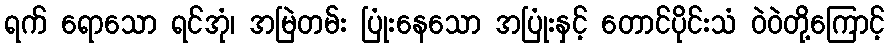
ရက် ရောသော ရင်အုံ၊ အမြဲတမ်း ပြုံးနေသော အပြုံးနှင့် တောင်ပိုင်းသံ ဝဲဝဲတို့ကြောင့်